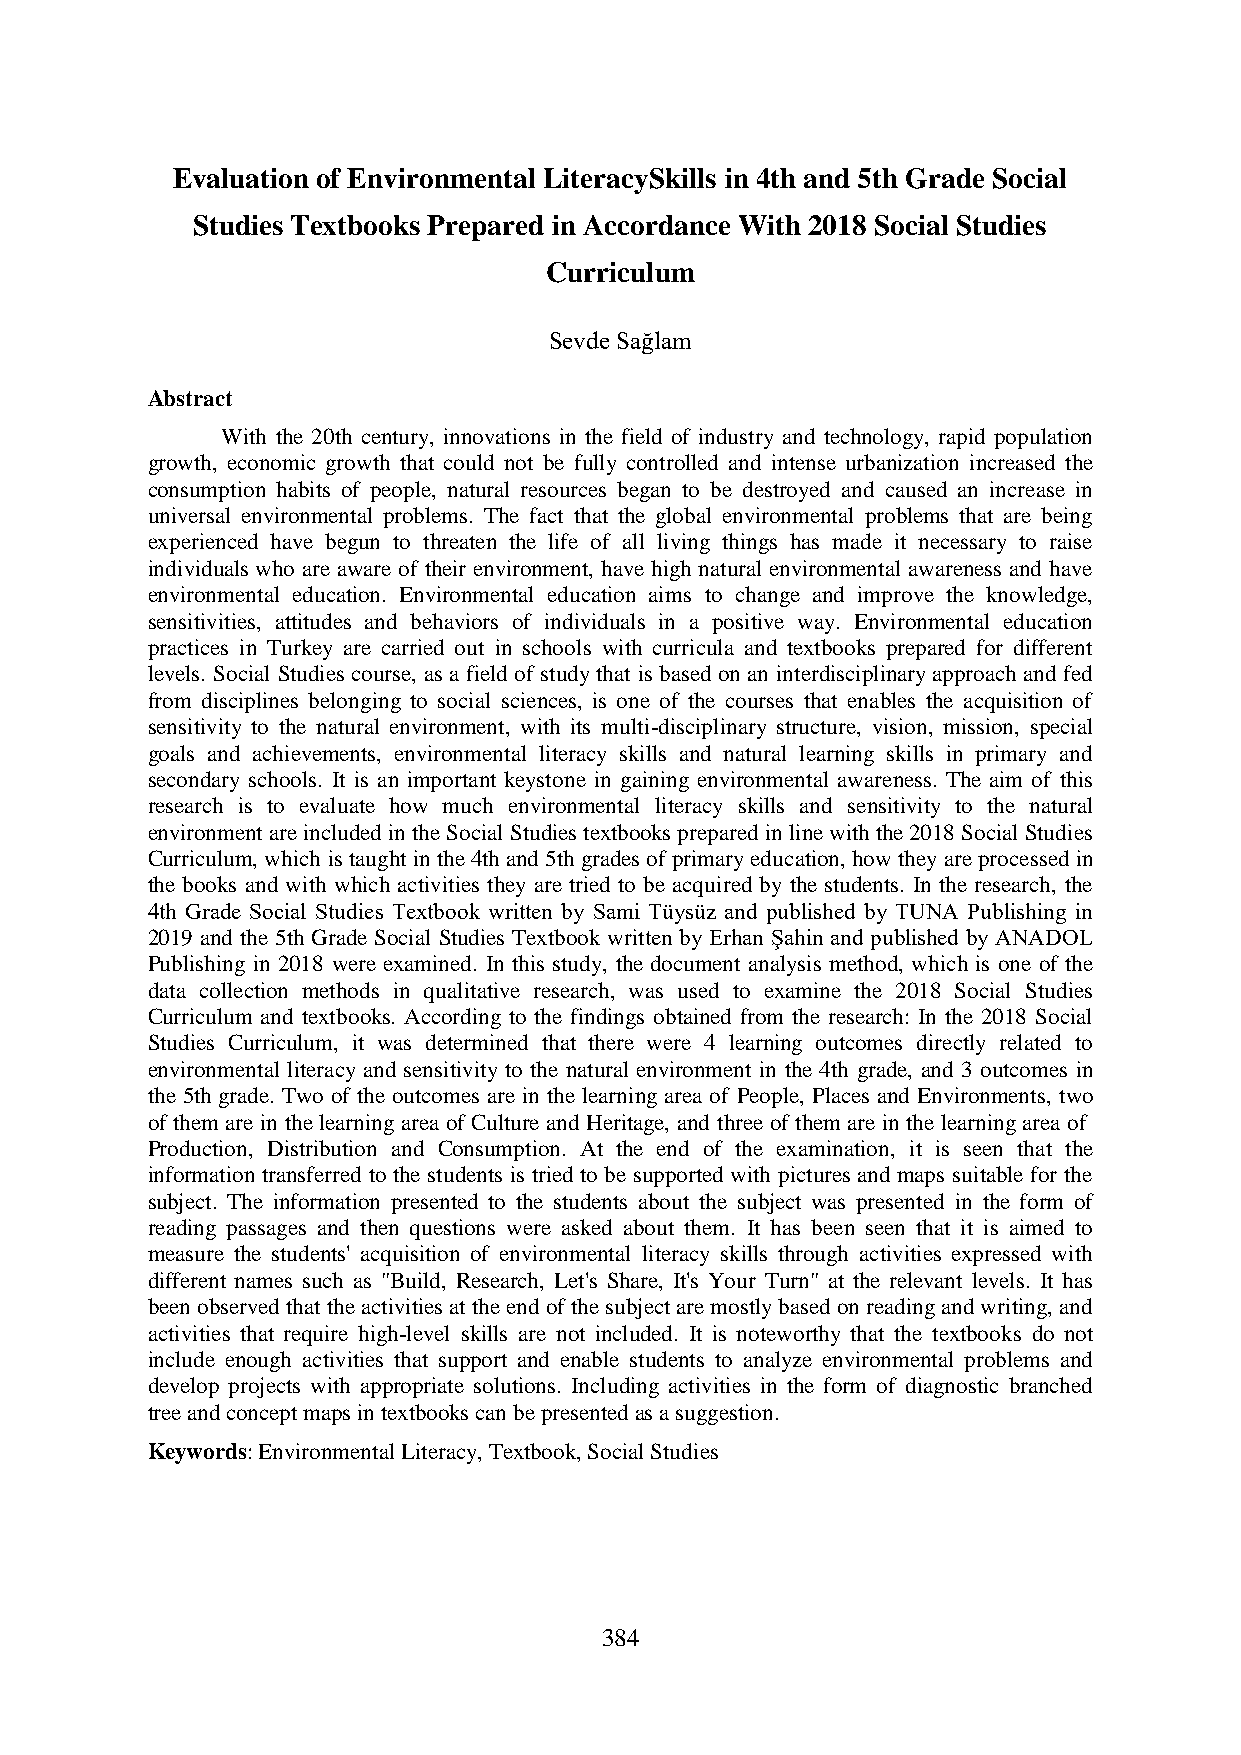
Evaluation of Environmental LiteracySkills in 4th and 5th Grade Social
 Studies Textbooks Prepared in Accordance With 2018 Social Studies
 Curriculum
 Sevde Sağlam
 Abstract
 With the 20th century, innovations in the field of industry and technology, rapid population
 growth, economic growth that could not be fully controlled and intense urbanization increased the
 consumption habits of people, natural resources began to be destroyed and caused an increase in
 universal environmental problems. The fact that the global environmental problems that are being
 experienced have begun to threaten the life of all living things has made it necessary to raise
 individuals who are aware of their environment, have high natural environmental awareness and have
 environmental education. Environmental education aims to change and improve the knowledge,
 sensitivities, attitudes and behaviors of individuals in a positive way. Environmental education
 practices in Turkey are carried out in schools with curricula and textbooks prepared for different
 levels. Social Studies course, as a field of study that is based on an interdisciplinary approach and fed
 from disciplines belonging to social sciences, is one of the courses that enables the acquisition of
 sensitivity to the natural environment, with its multi-disciplinary structure, vision, mission, special
 goals and achievements, environmental literacy skills and natural learning skills in primary and
 secondary schools. It is an important keystone in gaining environmental awareness. The aim of this
 research is to evaluate how much environmental literacy skills and sensitivity to the natural
 environment are included in the Social Studies textbooks prepared in line with the 2018 Social Studies
 Curriculum, which is taught in the 4th and 5th grades of primary education, how they are processed in
 the books and with which activities they are tried to be acquired by the students. In the research, the
 4th Grade Social Studies Textbook written by Sami Tüysüz and published by TUNA Publishing in
 2019 and the 5th Grade Social Studies Textbook written by Erhan Şahin and published by ANADOL
 Publishing in 2018 were examined. In this study, the document analysis method, which is one of the
 data collection methods in qualitative research, was used to examine the 2018 Social Studies
 Curriculum and textbooks. According to the findings obtained from the research: In the 2018 Social
 Studies Curriculum, it was determined that there were 4 learning outcomes directly related to
 environmental literacy and sensitivity to the natural environment in the 4th grade, and 3 outcomes in
 the 5th grade. Two of the outcomes are in the learning area of People, Places and Environments, two
 of them are in the learning area of Culture and Heritage, and three of them are in the learning area of
 Production, Distribution and Consumption. At the end of the examination, it is seen that the
 information transferred to the students is tried to be supported with pictures and maps suitable for the
 subject. The information presented to the students about the subject was presented in the form of
 reading passages and then questions were asked about them. It has been seen that it is aimed to
 measure the students' acquisition of environmental literacy skills through activities expressed with
 different names such as "Build, Research, Let's Share, It's Your Turn" at the relevant levels. It has
 been observed that the activities at the end of the subject are mostly based on reading and writing, and
 activities that require high-level skills are not included. It is noteworthy that the textbooks do not
 include enough activities that support and enable students to analyze environmental problems and
 develop projects with appropriate solutions. Including activities in the form of diagnostic branched
 tree and concept maps in textbooks can be presented as a suggestion.
 Keywords: Environmental Literacy, Textbook, Social Studies
 384